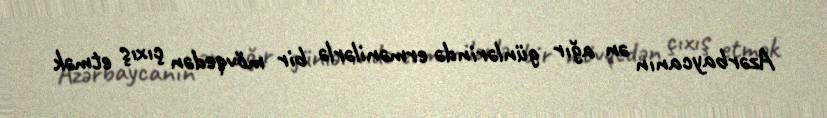
Azərbaycanın ən ağır günlərində ermənilərlə bir mövqedən çıxış etmək